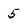
Character: 5